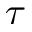
\tau